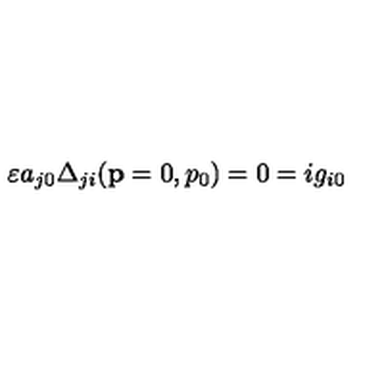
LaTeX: \varepsilon a _ { j 0 } \Delta _ { j i } ( \mathbf { p } = 0 , p _ { 0 } ) = 0 = i g _ { i 0 }